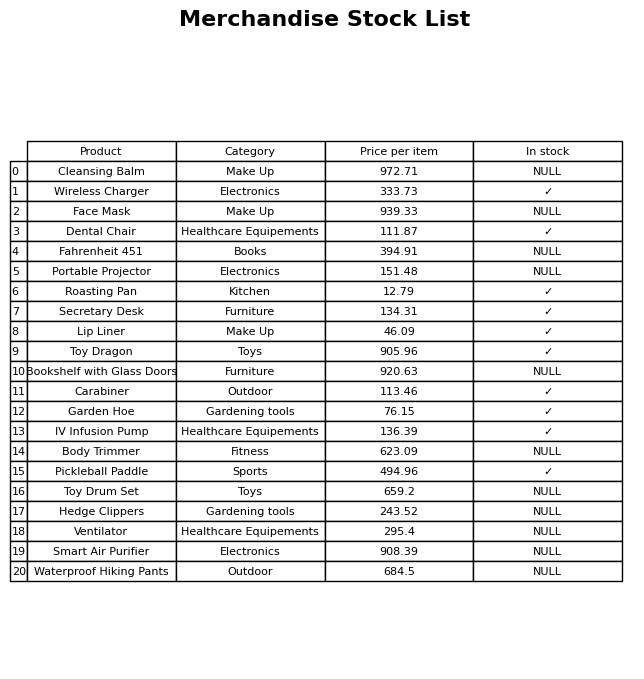
question: Is the Garden Hoe in stock?
answer: ✓